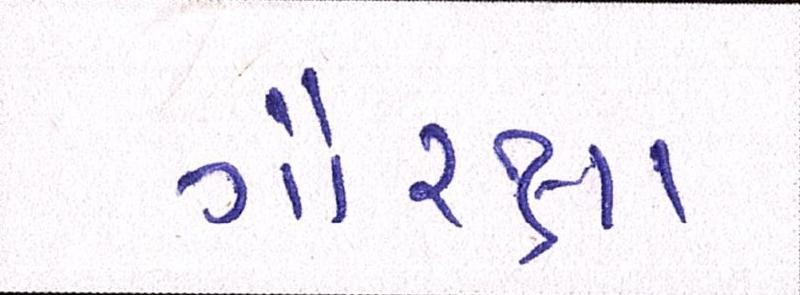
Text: ગૌરક્ષા